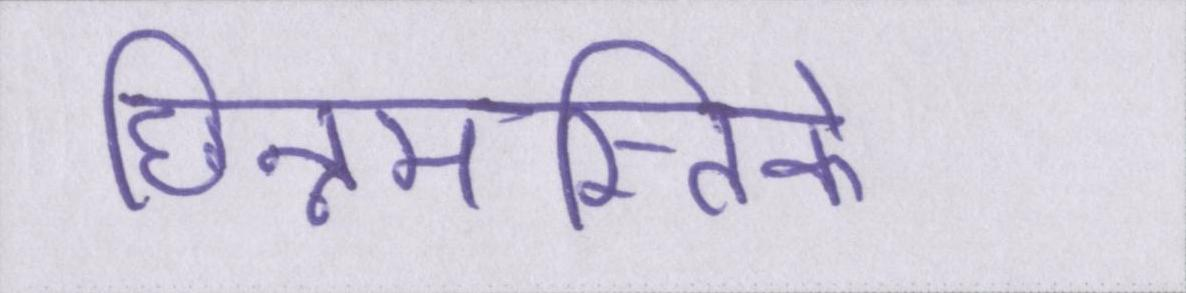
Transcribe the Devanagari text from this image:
छिन्नमस्तिके